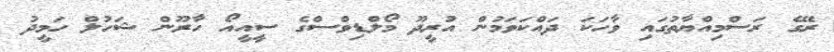
ރޭގެ ރަސްމިއްޔާތުގައި ވާހަކަ ދައްކަވަމުން އުރީދޫ މޯލްޑިވްސްގެ ސީއީއޯ ހާރޫން ޝަހުލް ހަމީދު